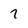
Character: 7